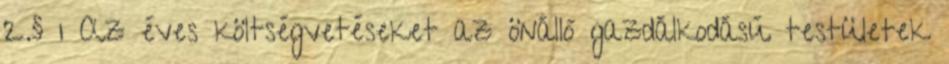
2.§ 1 Az éves költségvetéseket az önálló gazdálkodású testületek